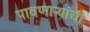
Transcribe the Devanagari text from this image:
पावणार्‍यांची